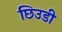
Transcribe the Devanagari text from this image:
छिउडी